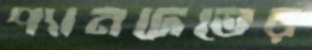
প্যানদেভের